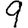
Digit: 9